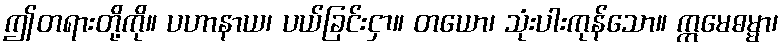
ဤတရားတို့ကို။ ပဟာနာယ၊ ပယ်ခြင်းငှာ။ တယော၊ သုံးပါးကုန်သော။ ဣမေဓမ္မာ၊